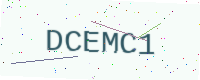
Text: DCEMC1